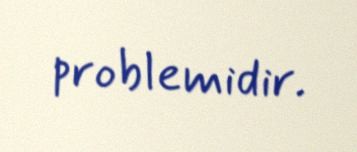
problemidir.